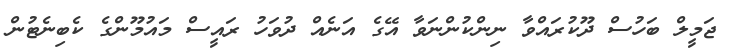
ޖަމީލް ބަހުސް ދޫކުރައްވާ ނިންކުންނަވާ އޭގެ އަނެއް ދުވަހު ރައީސް މައުމޫންގެ ކެބިނެޓުން